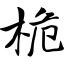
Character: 桅